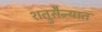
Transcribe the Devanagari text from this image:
शत्रुसैन्यात